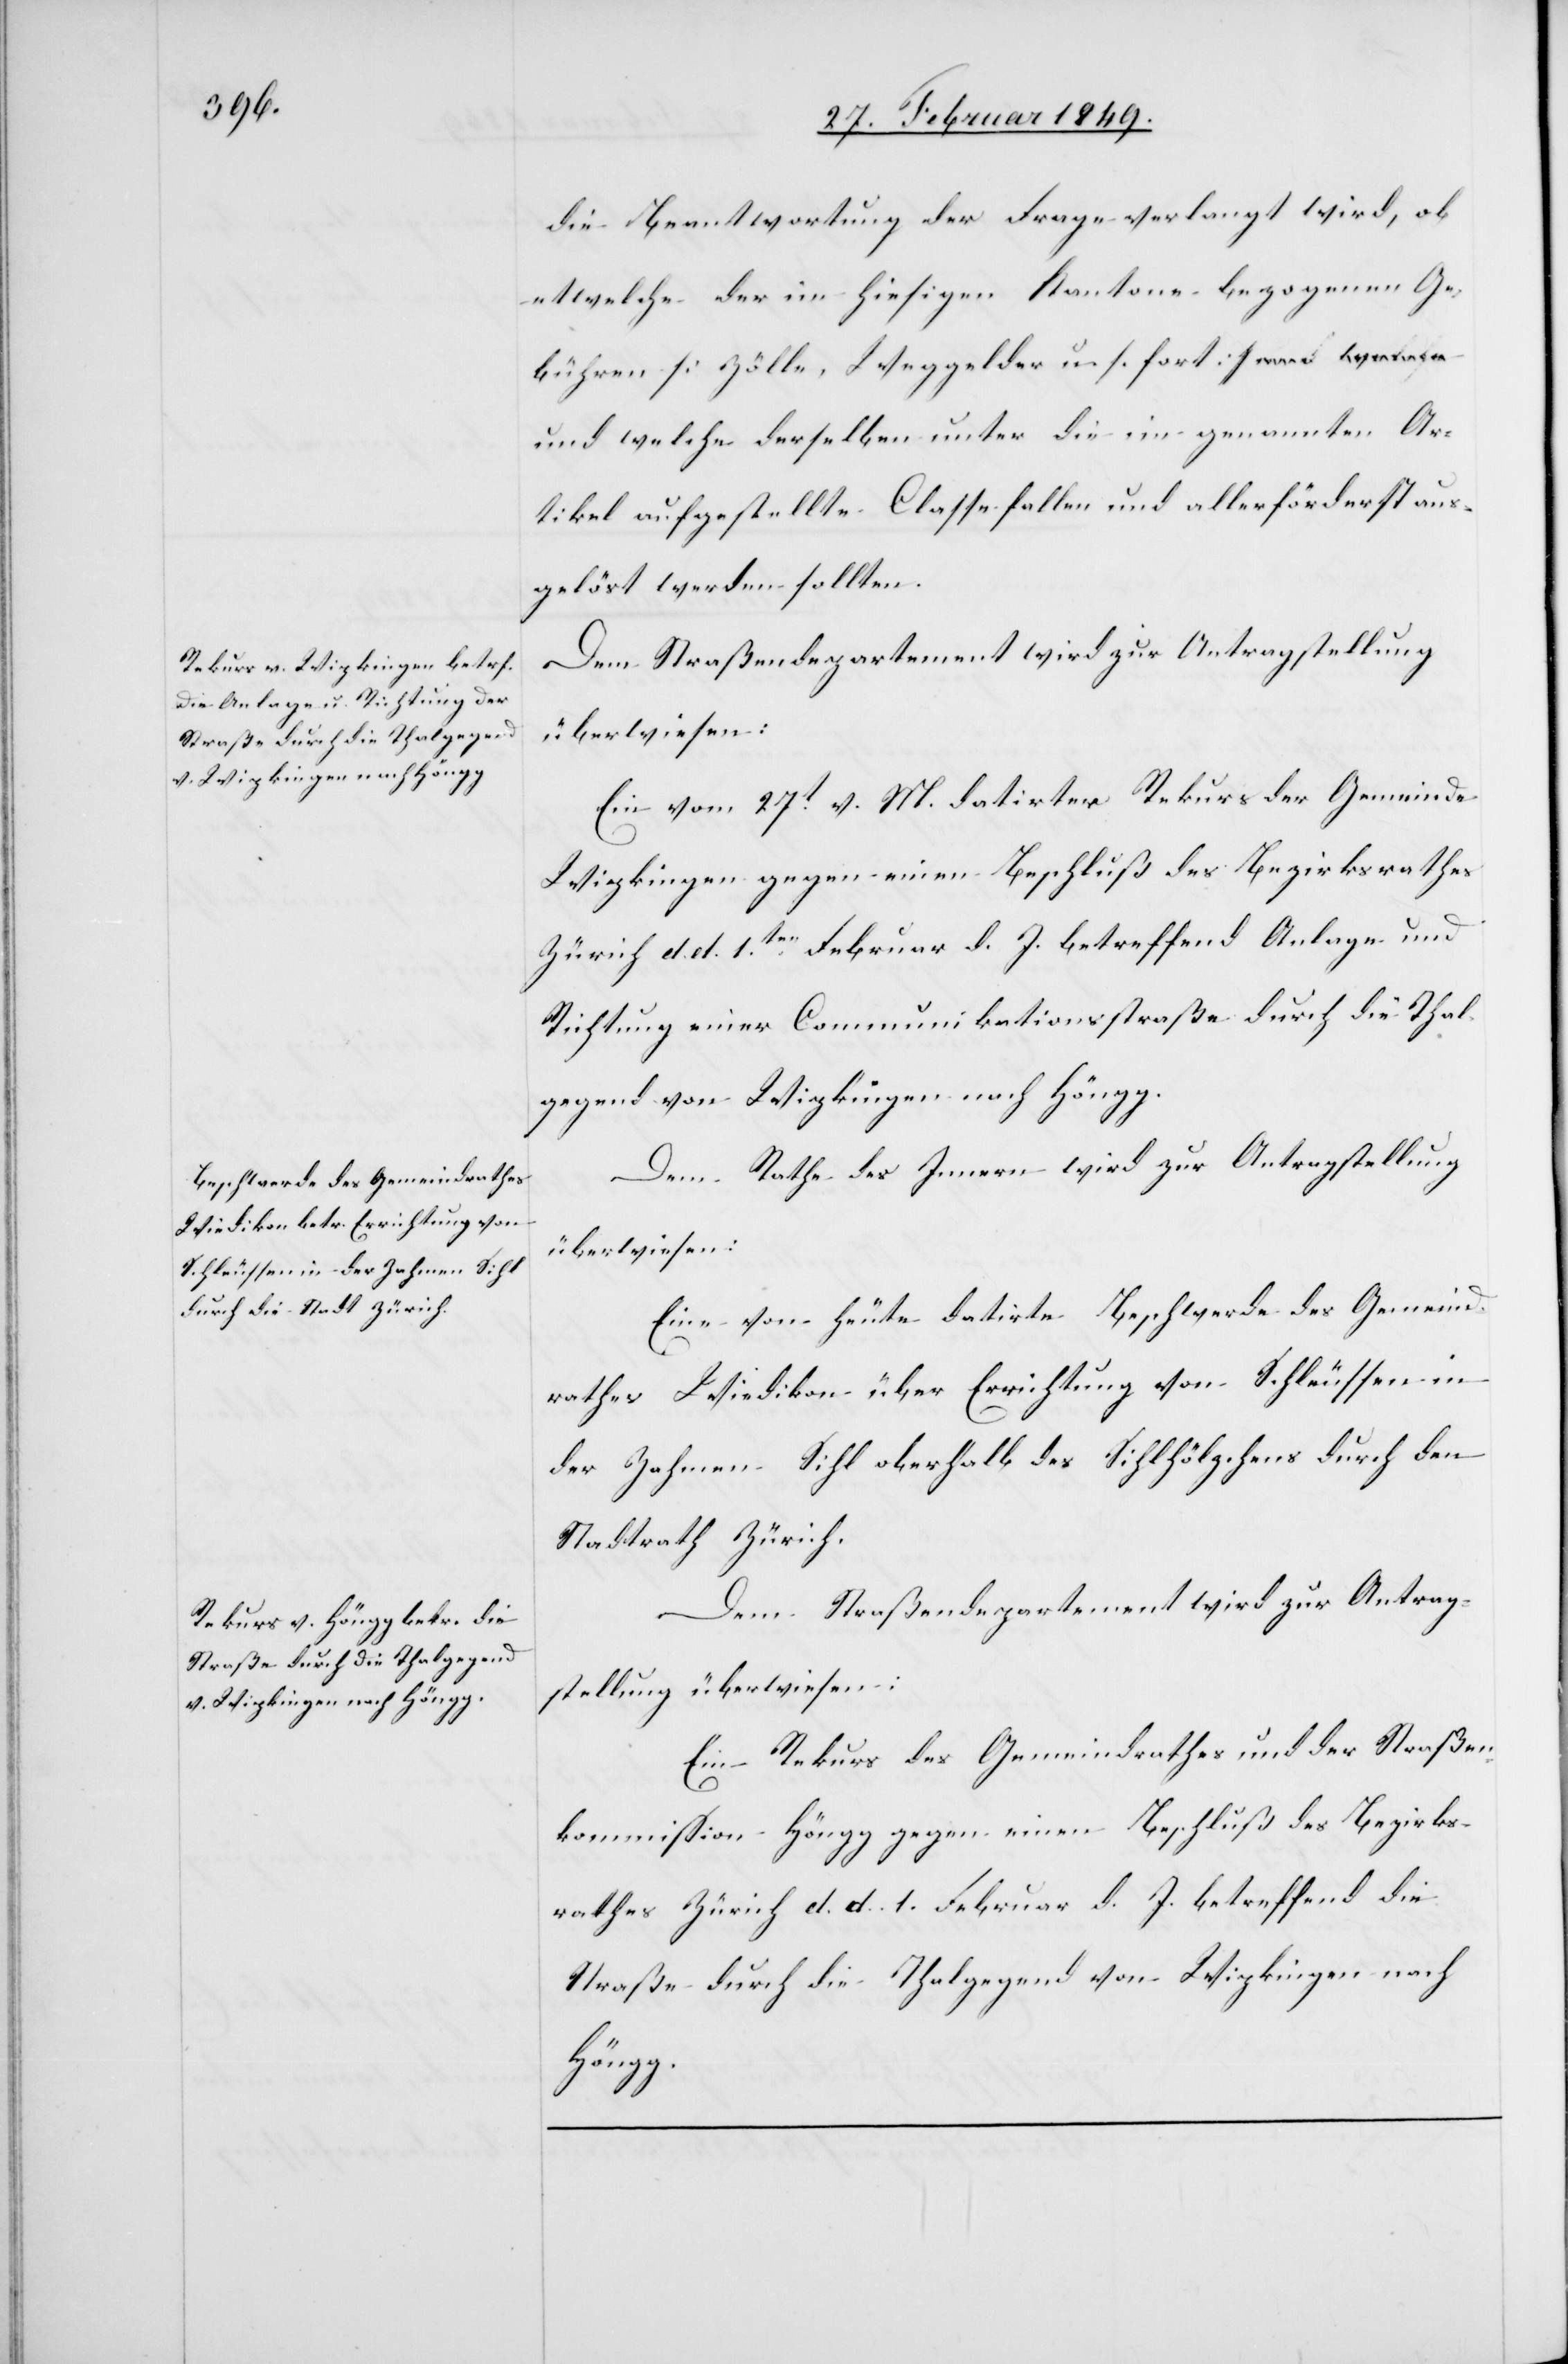
die Beantwortung der Frage verlangt wird, ob
etwelche der im hiesigen Kantone bezogenen Ge¬
bühren [Zölle, Weggelder u. s. fort]
und welche derselben unter die im genannten Ar¬
tikel aufgestellte Classe fallen und allerförderts aus¬
gelöst werden sollten.
Dem Straßendepartement wird zur Antragstellung
überwiesen:
Ein vom 27t. v. M. datirter Rekurs der Gemeinde
Wipkingen gegen einen Beschluß des Bezirksrathes
Zürich d. d. 1ten. Februar d. J. betreffend Anlage und
Richtung einer Communikationsstraße durch die Thal¬
gegend von Wipkingen nach Höngg.
Dem Rathe des Innern wird zur Antragstellung
überwiesen:
Eine von heute datirte Beschwerde des Gemeind¬
rathes Wiedikon über Errichtung von Schleussen in
der Zahmen Sihl oberhalb des Sihlhölzchens durch den
Stadtrath Zürich.
den 2.
Ein Rekurs des Gemeindrathes und der Straßen¬
kommission Höngg gegen einen Beschluß des Bezirks¬
rathes Zürich d. d. 1. Februar d. J. betreffend die
Straße durch die Thalgegend von Wipkingen nach
Höngg.